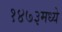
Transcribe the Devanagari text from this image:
१४७३मध्ये